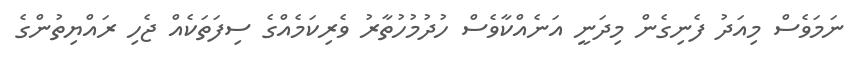
ނަމަވެސް މިއަދު ފެނިގެން މިދަނީ އަނެއްކާވެސް ހުދުމުހުތާރު ވެރިކަމެއްގެ ސިފަތަކެއް ޖެހި ރައްޔިތުންގެ